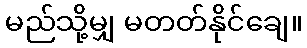
မည်သို့မျှ မတတ်နိုင်ချေ။